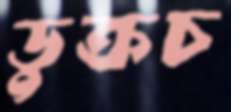
ডুক্‌রচ